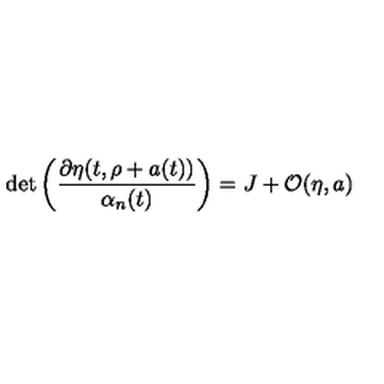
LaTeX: \det \left( \frac { \partial \eta ( t , \rho + a ( t ) ) } { \alpha _ { n } ( t ) } \right) = J + { \cal O } ( \eta , a )